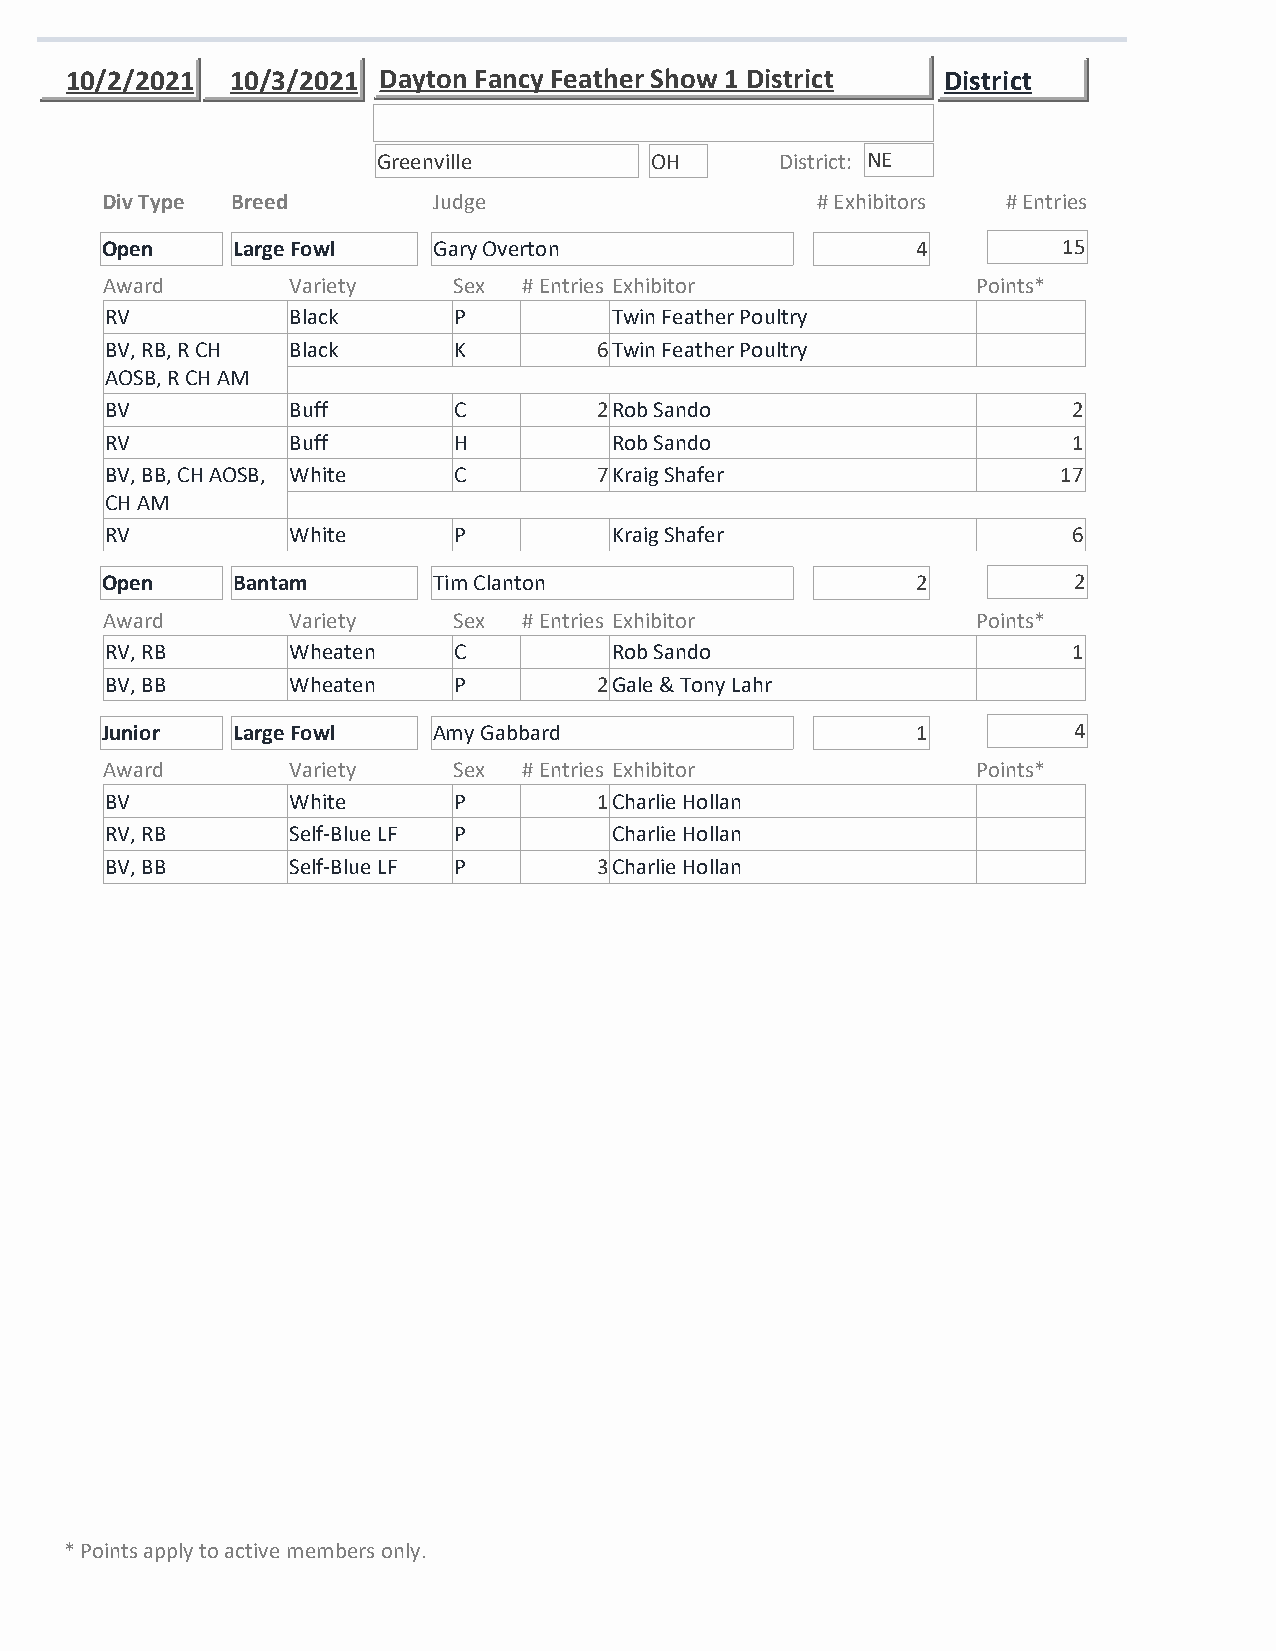
10/2/2021  10/3/2021 Dayton Fancy Feather Show 1 District District
 Greenville        OH       District: NE
 Div Type Breed        Judge                    # Exhibitors # Entries
 Open    Large Fowl    Gary Overton                    4        15
 Award       Variety    Sex  # Entries Exhibitor           Points*
 RV          Black      P         Twin Feather Poultry
 BV, RB, R CH Black     K        6Twin Feather Poultry
 AOSB, R CH AM
 BV          Buff       C        2Rob Sando                      2
 RV          Buff       H         Rob Sando                      1
 BV, BB, CH AOSB, White C        7Kraig Shafer                  17
 CH AM
 RV          White      P         Kraig Shafer                   6
 Open    Bantam        Tim Clanton                     2         2
 Award       Variety    Sex  # Entries Exhibitor           Points*
 RV, RB      Wheaten    C         Rob Sando                      1
 BV, BB      Wheaten    P        2Gale & Tony Lahr
 Junior  Large Fowl    Amy Gabbard                     1         4
 Award       Variety    Sex  # Entries Exhibitor           Points*
 BV          White      P        1Charlie Hollan
 RV, RB      Self-Blue LF P       Charlie Hollan
 BV, BB      Self-Blue LF P      3Charlie Hollan
 * Points apply to active members only.